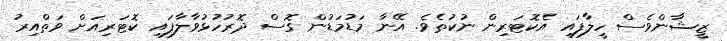
ޒީޝާންވެސް ހީލާފައި އެކޮޓަރިން ނުކުތެވެ. އޭނާ މަޑުމަޑުން ގޮސް ދޮރުހުޅުވާލާފައި ކޮޓަރިއަށް ވަތްއިރު